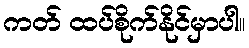
ကတ် ထပ်စိုက်နိုင်မှာပါ။